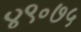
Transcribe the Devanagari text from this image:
४९॰७५